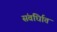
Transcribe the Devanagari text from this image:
संवर्धिात